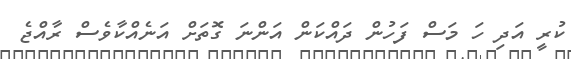
ކުރީ އަދި ހަ މަސް ފަހުން ދައްކަން އަންނަ ގޮތަށް އަނެއްކާވެސް ރާއްޖެ